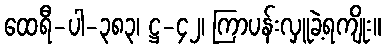
ထေရီ-ပါ-၃၈၃၊ ဋ္ဌ-၄၂၊ ကြာပန်းလှူခဲ့ရကျိုး။